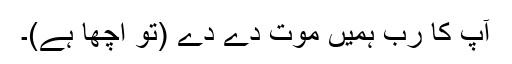
آپ کا رب ہمیں موت دے دے (تو اچھا ہے)۔